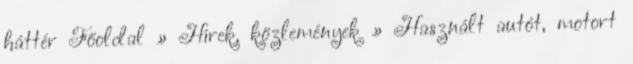
háttér Főoldal » Hírek, közlemények » Használt autót, motort